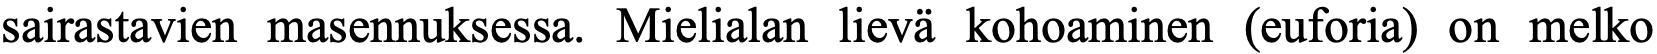
sairastavien masennuksessa. Mielialan lievä kohoaminen (euforia) on melko